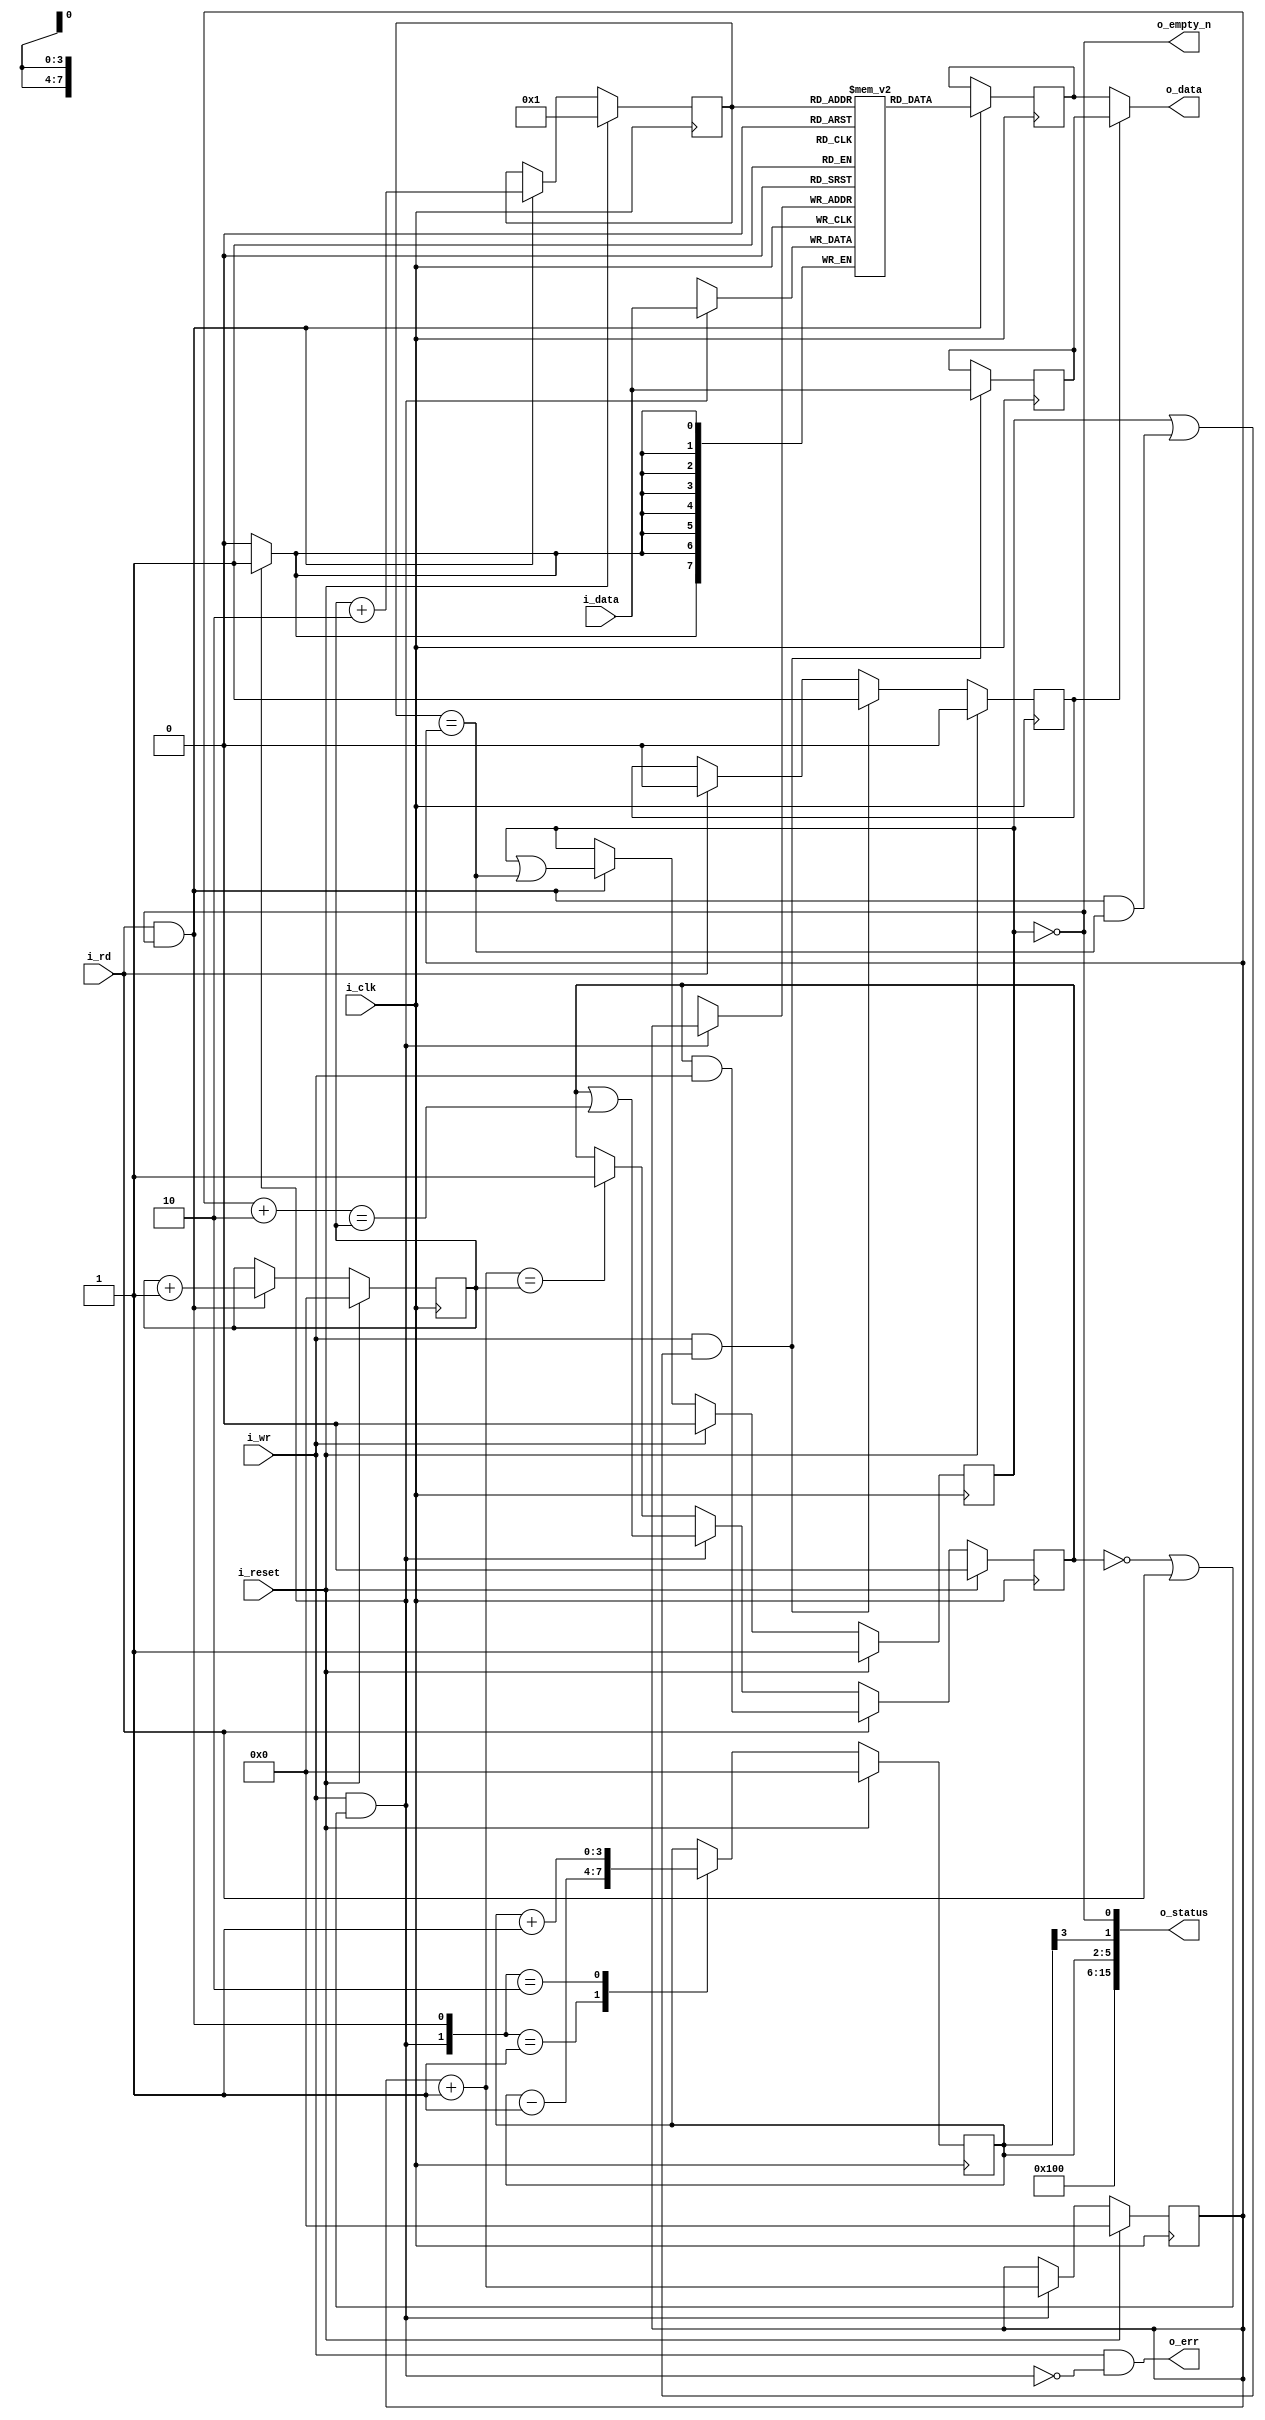
module ufifo #(
		// {{{
		parameter	BW=8,	// Byte/data width
		parameter [3:0]	LGFLEN=4,
		parameter [0:0]	RXFIFO=1'b1,
		localparam	FLEN=(1<<LGFLEN)
		// }}}
	) (
		// {{{
		input	wire		i_clk, i_reset,
		input	wire		i_wr,
		input	wire [(BW-1):0]	i_data,
		output	wire		o_empty_n, // True if something is in FIFO
		input	wire		i_rd,
		output	wire [(BW-1):0]	o_data,
		output	wire	[15:0]	o_status,
		output	wire		o_err
		// }}}
	);

	// Signal declarations
	// {{{
	reg	[(BW-1):0]	fifo[0:(FLEN-1)];
	reg	[(BW-1):0]	r_data, last_write;
	reg	[(LGFLEN-1):0]	wr_addr, rd_addr, r_next;
	reg			will_overflow, will_underflow;
	reg			osrc;

	wire	[(LGFLEN-1):0]	w_waddr_plus_one, w_waddr_plus_two;
	wire			w_write, w_read;
	reg	[(LGFLEN-1):0]	r_fill;
	wire	[3:0]		lglen;
	wire			w_half_full;
	reg	[9:0]		w_fill;
	// }}}

	assign	w_write = (i_wr && (!will_overflow || i_rd));
	assign	w_read  = (i_rd && o_empty_n);

	assign	w_waddr_plus_two = wr_addr + 2;
	assign	w_waddr_plus_one = wr_addr + 1;

	////////////////////////////////////////////////////////////////////////
	//
	// Write half
	// {{{
	////////////////////////////////////////////////////////////////////////
	//
	//

	// will_overflow
	// {{{
	initial	will_overflow = 1'b0;
	always @(posedge i_clk)
	if (i_reset)
		will_overflow <= 1'b0;
	else if (i_rd)
		will_overflow <= (will_overflow)&&(i_wr);
	else if (w_write)
		will_overflow <= (will_overflow)||(w_waddr_plus_two == rd_addr);
	else if (w_waddr_plus_one == rd_addr)
		will_overflow <= 1'b1;
	// }}}

	// wr_addr
	// {{{
	initial	wr_addr = 0;
	always @(posedge i_clk)
	if (i_reset)
		wr_addr <= { (LGFLEN){1'b0} };
	else if (w_write)
		wr_addr <= w_waddr_plus_one;
	// }}}

	// Write to the FIFO
	// {{{
	always @(posedge i_clk)
	if (w_write) // Write our new value regardless--on overflow or not
		fifo[wr_addr] <= i_data;
	// }}}
	// }}}
	////////////////////////////////////////////////////////////////////////
	//
	// Read half
	// {{{
	////////////////////////////////////////////////////////////////////////
	//
	//

	// Notes
	// {{{
	//	Following a read, the next sample will be available on the
	//	next clock
	//	Clock	ReadCMD	ReadAddr	Output
	//	0	0	0		fifo[0]
	//	1	1	0		fifo[0]
	//	2	0	1		fifo[1]
	//	3	0	1		fifo[1]
	//	4	1	1		fifo[1]
	//	5	1	2		fifo[2]
	//	6	0	3		fifo[3]
	//	7	0	3		fifo[3]
	// }}}

	// will_underflow
	// {{{
	initial	will_underflow = 1'b1;
	always @(posedge i_clk)
	if (i_reset)
		will_underflow <= 1'b1;
	else if (i_wr)
		will_underflow <= 1'b0;
	else if (w_read)
		will_underflow <= (will_underflow)||(r_next == wr_addr);
	// }}}

	// rd_addr, r_next
	// {{{
	// Don't report FIFO underflow errors.  These'll be caught elsewhere
	// in the system, and the logic below makes it hard to reset them.
	// We'll still report FIFO overflow, however.
	//
	initial	rd_addr = 0;
	initial	r_next  = 1;
	always @(posedge i_clk)
	if (i_reset)
	begin
		rd_addr <= 0;
		r_next  <= 1;
	end else if (w_read)
	begin
		rd_addr <= rd_addr + 1;
		r_next  <= rd_addr + 2;
	end
	// }}}

	// Read from the FIFO
	// {{{
	always @(posedge i_clk)
	if (w_read)
		r_data <= fifo[r_next[LGFLEN-1:0]];
	// }}}

	// last_write -- for bypassing the memory read
	// {{{
	always @(posedge i_clk)
	if (i_wr && (!o_empty_n || (w_read && r_next == wr_addr)))
		last_write <= i_data;
	// }}}

	// osrc
	// {{{
	initial	osrc = 1'b0;
	always @(posedge i_clk)
	if (i_reset)
		osrc <= 1'b0;
	else if (i_wr && (!o_empty_n || (w_read && r_next == wr_addr)))
		osrc <= 1'b1;
	else if (i_rd)
		osrc <= 1'b0;
	// }}}

	assign o_data = (osrc) ? last_write : r_data;
	// }}}
	////////////////////////////////////////////////////////////////////////
	//
	// Status signals and flags
	// {{{
	////////////////////////////////////////////////////////////////////////
	//
	//

	// r_fill
	// {{{
	// If this is a receive FIFO, the FIFO count that matters is the number
	// of values yet to be read.  If instead this is a transmit FIFO, then
	// the FIFO count that matters is the number of empty positions that
	// can still be filled before the FIFO is full.
	//
	// Adjust for these differences here.
	generate if (RXFIFO)
	begin : RXFIFO_FILL
		// {{{
		// Calculate the number of elements in our FIFO
		//
		// Although used for receive, this is actually the more
		// generic answer--should you wish to use the FIFO in
		// another context.

		initial	r_fill = 0;
		always @(posedge i_clk)
		if (i_reset)
			r_fill <= 0;
		else case({ w_write, w_read })
		2'b01:	r_fill <= r_fill - 1'b1;
		2'b10:	r_fill <= r_fill + 1'b1;
		default:  begin end
		endcase
		// }}}
	end else begin : TXFIFO_FILL
		// {{{
		// Calculate the number of empty elements in our FIFO
		//
		// This is the number you could send to the FIFO
		// if you wanted to.

		initial	r_fill = -1;
		always @(posedge i_clk)
		if (i_reset)
			r_fill <= -1;
		else case({ w_write, w_read })
		2'b01:	r_fill <= r_fill + 1'b1;
		2'b10:	r_fill <= r_fill - 1'b1;
		default:  begin end
		endcase
		// }}}
	end endgenerate
	// }}}

	// o_err -- Flag any overflows
	// {{{
	assign o_err = (i_wr && !w_write);
	// }}}

	// o_status
	// {{{
	assign lglen = LGFLEN;

	always @(*)
	begin
		w_fill = 0;
		w_fill[(LGFLEN-1):0] = r_fill;
	end

	assign	w_half_full = r_fill[(LGFLEN-1)];

	assign	o_status = {
		// Our status includes a 4'bit nibble telling anyone reading
		// this the size of our FIFO.  The size is then given by
		// 2^(this value).  Hence a 4'h4 in this position means that the
		// FIFO has 2^4 or 16 values within it.
		lglen,
		// The FIFO fill--for a receive FIFO the number of elements
		// left to be read, and for a transmit FIFO the number of
		// empty elements within the FIFO that can yet be filled.
		w_fill,
		// A '1' here means a half FIFO length can be read (receive
		// FIFO) or written to (not a receive FIFO).  If one, a
		// halfway interrupt can be sent indicating a half of a FIFOs
		// operationw (either transmit or receive) will be successful.
		w_half_full,
		// A '1' here means the FIFO can be read from (if it is a
		// receive FIFO), or be written to (if it isn't).  An interrupt
		// may be sourced from this bit, indicating that at least one
		// operation will be successful.
		(RXFIFO!=0)?!will_underflow:!will_overflow
	};
	// }}}

	assign	o_empty_n = !will_underflow;
	// }}}
endmodule